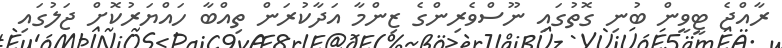
ރާއްޖެ ޓީވީން ބުނި ގޮތުގައި ނޫސްވެރިންގެ ޒިންމާ އަދާކުރަން ތިއްބާ ހައްޔަރުކޮށް ޖަލުގައި